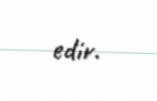
edir.